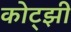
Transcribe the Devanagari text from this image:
कोट्झी